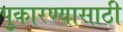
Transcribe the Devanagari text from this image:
पुकारण्यासाठी